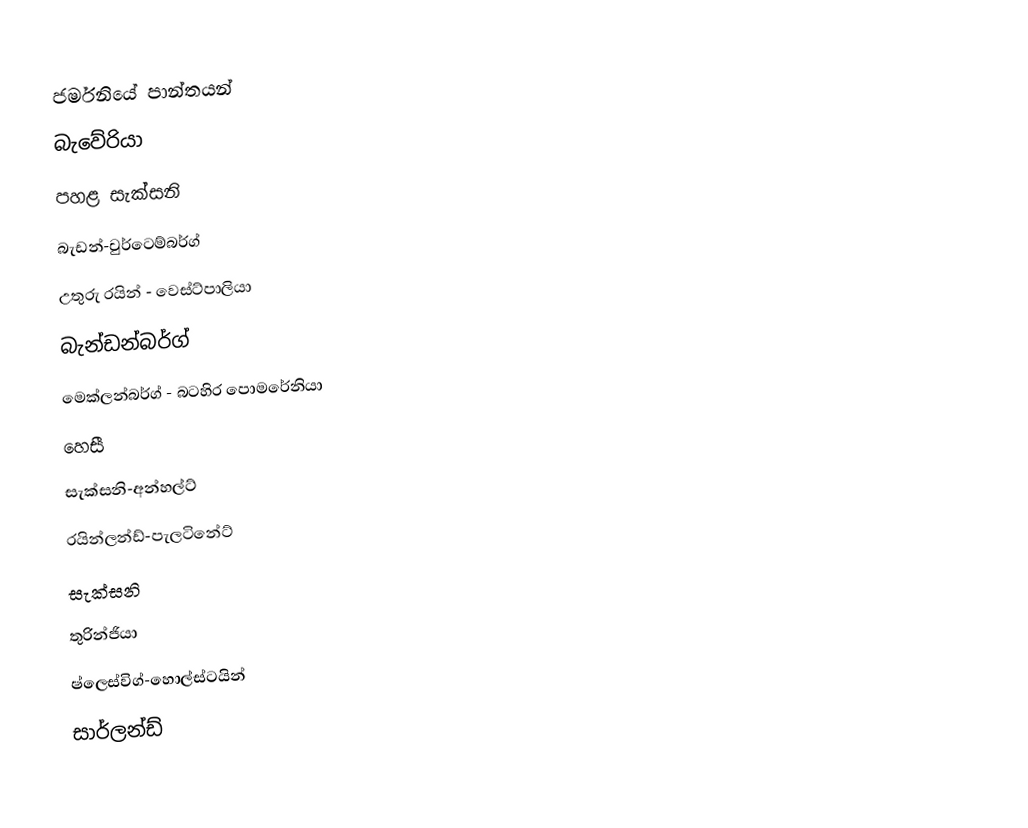
ජර්මනියේ පාන්තයන්
බැවේරියා
පහළ සැක්සනි
බැඩන්-වුර්ටෙම්බර්ග්
උතුරු රයින් - වෙස්ට්පාලියා
බැන්ඩන්බර්ග්
මෙක්ලන්බර්ග් - බටහිර පොමරේනියා
හෙසී
සැක්සනි-අන්හල්ට්
රයින්ලන්ඩ්-පැලටිනේට්
සැක්සනි
තුරින්ජියා
ෂ්ලෙස්විග්-හොල්ස්ටයින්
සාර්ලන්ඩ්